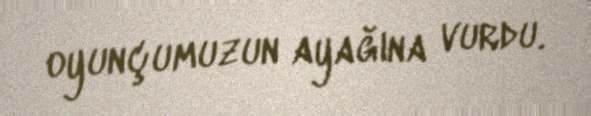
oyunçumuzun ayağına vurdu.